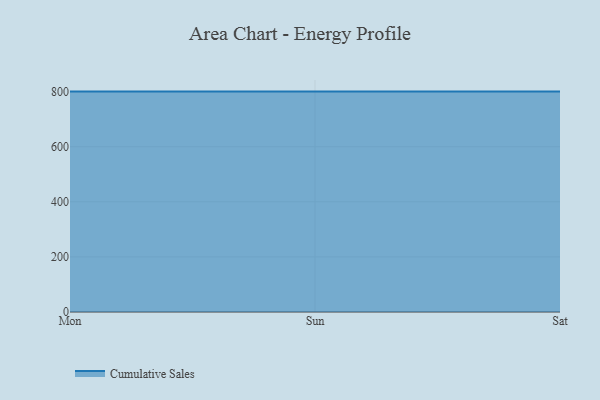
{"axis": {"x": "Day", "y": "Headcount"}, "legend": ["Cumulative Sales"], "data": [{"x": "Mon", "y": 800, "type": "Cumulative Sales"}, {"x": "Sun", "y": 800, "type": "Cumulative Sales"}, {"x": "Sat", "y": 800, "type": "Cumulative Sales"}]}